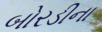
બોરડીના